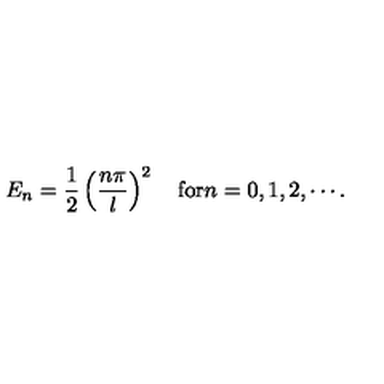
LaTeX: E _ { n } = \frac { 1 } { 2 } \left( \frac { n \pi } { l } \right) ^ { 2 } \quad \mathrm { f o r } n = 0 , 1 , 2 , \cdots .